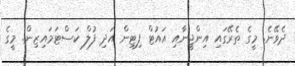
ދެވޭނެ. މީގެ ތެރޭގައި އިންޖީނާއި އައުޓް ފިޓިން އަދި ފުލް ކަސްޓަމައިޒިން. މީގެ